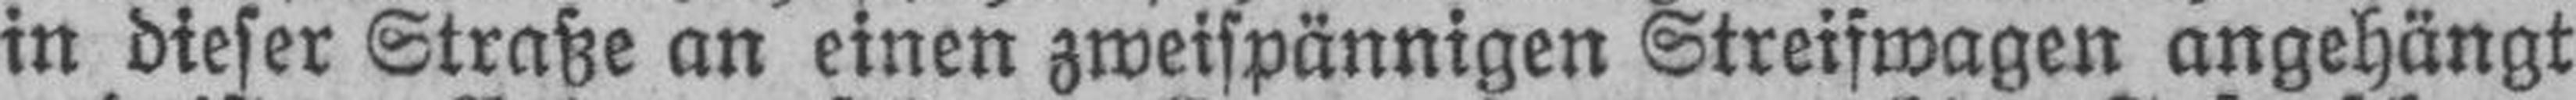
in dieser Straße an einen zweispännigen Streifwagen angehängt